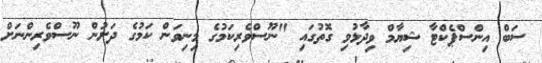
ސަބް އިންސްޕެކްޓާ ޝިޔާމް ވިދާޅުވި ގޮތުގައި "ނޫސްވެރިކަމުގެ މިނިވަން ކަމުގެ ދަށުން ނޫސްވެރިންނަށް